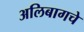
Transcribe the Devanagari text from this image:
अलिबागचे